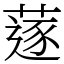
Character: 蓫